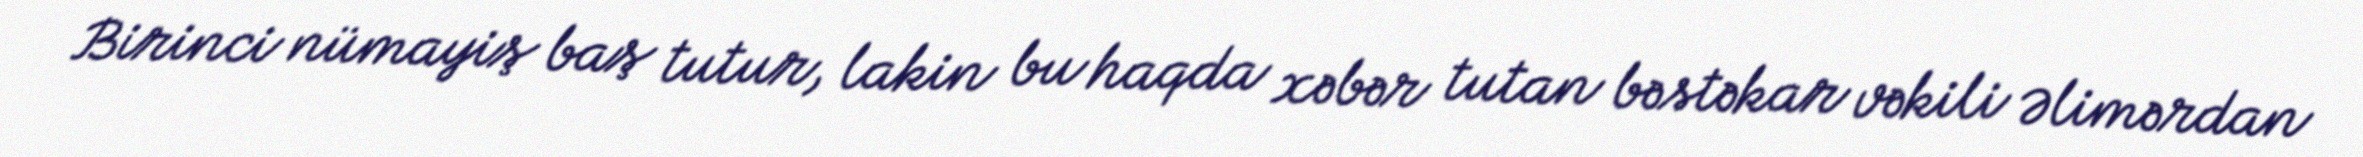
Birinci nümayiş baş tutur, lakin bu haqda xəbər tutan bəstəkar vəkili Əlimərdan